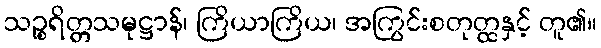
သဉ္စရိတ္တသမုဋ္ဌာန်၊ ကြိယာကြိယ၊ အကြွင်းစတုတ္ထနှင့် တူ၏။